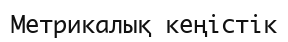
Метрикалық кеңістік